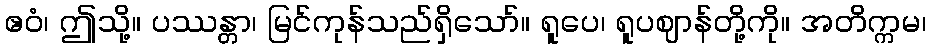
ဧဝံ၊ ဤသို့။ ပဿန္တာ၊ မြင်ကုန်သည်ရှိသော်။ ရူပေ၊ ရူပဈာန်တို့ကို။ အတိက္ကမ၊